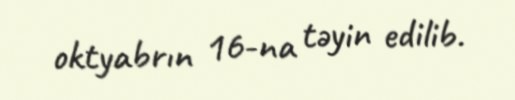
oktyabrın 16-na təyin edilib.